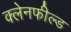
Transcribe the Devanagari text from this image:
क्लेनफील्ड